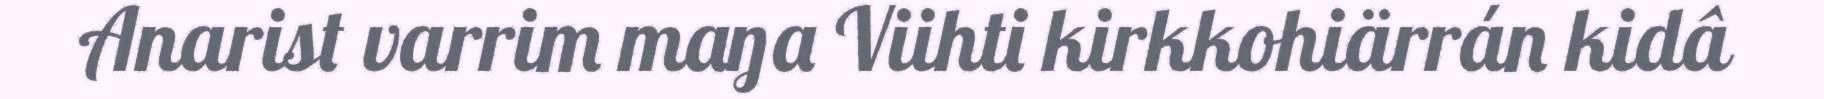
Anarist varrim maŋa Viihti kirkkohiärrán kidâ